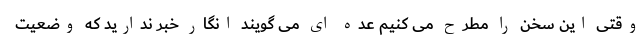
وقتی این سخن را مطرح می کنیم عده ای می گویند انگار خبر ندارید که وضعیت